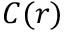
C ( r )